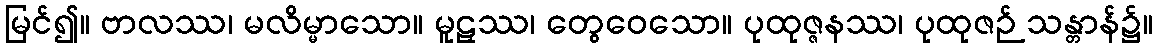
မြင်၍။ ဗာလဿ၊ မလိမ္မာသော။ မူဠှဿ၊ တွေဝေသော။ ပုထုဇ္ဇနဿ၊ ပုထုဇဉ် သန္တာန်၌။